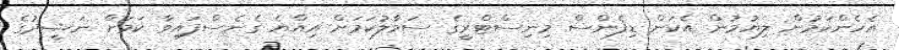
އެހެންކަމުން ލިޔުމުން އެކަން ޑިފެންސް މިނިސްޓްރީގެ ސަމާލުކަމަށް އިއްޔެ ގެނެސްފައިވާ ކަމަށް ނަޝީދުގެ